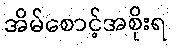
အိမ်စောင့်အစိုးရ